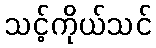
သင့်ကိုယ်သင်